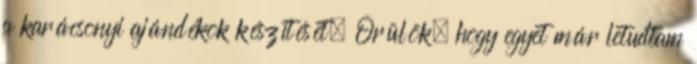
a karácsonyi ajándékok készítését. Örülök, hogy egyet már letudtam